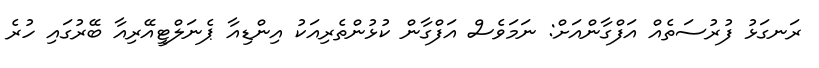
ރަނގަޅު ފުރުސަތެއް އަފްގާންއަށް: ނަމަވެސް އަފްގާން ކުޅުންތެރިއަކު އިންޑިއާ ޕެނަލްޓީއޭރިއާ ބޭރުގައި ހުރެ